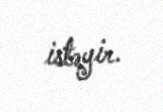
istəyir.